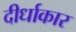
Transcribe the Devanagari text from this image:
दीर्धाकार